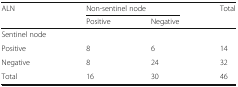
| <ROWSPAN=2> ALN | <COLSPAN=2> Non-sentinel node | Total |
 | Positive | Negative |  |
 | --- | --- | --- | --- |
 | Sentinel node |  |  |  |
 | Positive | 8 | 6 | 14 |
 | Negative | 8 | 24 | 32 |
 | Total | 16 | 30 | 46 |